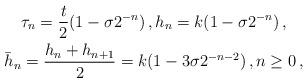
LaTeX: \begin{gather*} \tau_{n} = \frac{t}{2}(1-\sigma 2^{-n}) \,, h_{n} = k(1-\sigma 2^{-n}) \,, \\ \bar h_{n} = \frac{h_{n}+h_{n+1}}{2} = k(1-3\sigma 2^{-n-2}) \,, n\ge 0 \,, \end{gather*}